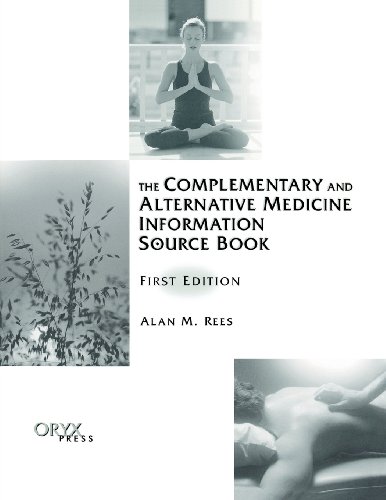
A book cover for The Complementary and Alternative Medicine Information Source Book; Alan Rees; Health, Fitness & Dieting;